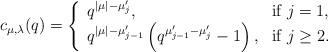
LaTeX: \begin{align*}c_{\mu,\lambda}(q) = \left\{ \begin{array}{ll}q^{|\mu|-\mu_j'}, &\hbox{if $j=1$},\\q^{|\mu|-\mu_{j-1}'}\left(q^{\mu_{j-1}'-\mu_j'}-1 \right),&\hbox{if $j\geq2$}.\end{array}\right.\end{align*}